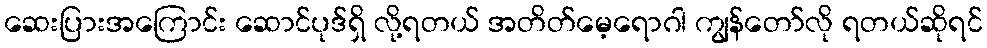
ဆေးပြားအကြောင်း ဆောင်ပုဒ်ရှိ လို့ရတယ် အတိတ်မေ့ရောဂါ ကျွန်တော်လို ရတယ်ဆိုရင်